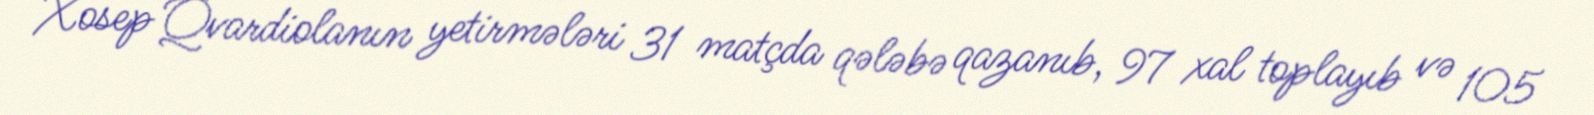
Xosep Qvardiolanın yetirmələri 31 matçda qələbə qazanıb, 97 xal toplayıb və 105